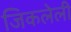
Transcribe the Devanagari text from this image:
जिकलेली